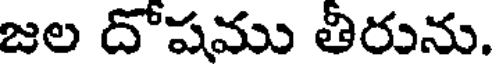
జల దోషము తీరును.